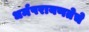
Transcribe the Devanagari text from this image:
धर्मपरायणतेचे